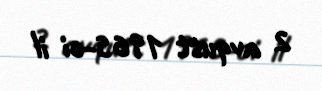
2 avqust 1965-ci il